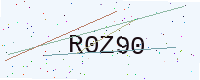
Text: R0Z90